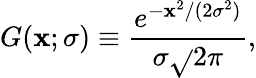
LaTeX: G(\mathbf{x};\sigma)\equiv{\frac{{e^{-\mathbf{x}^{2}/(2\sigma^{2})}}}{{\sigma{\sqrt{}{{2\pi}}}}}},